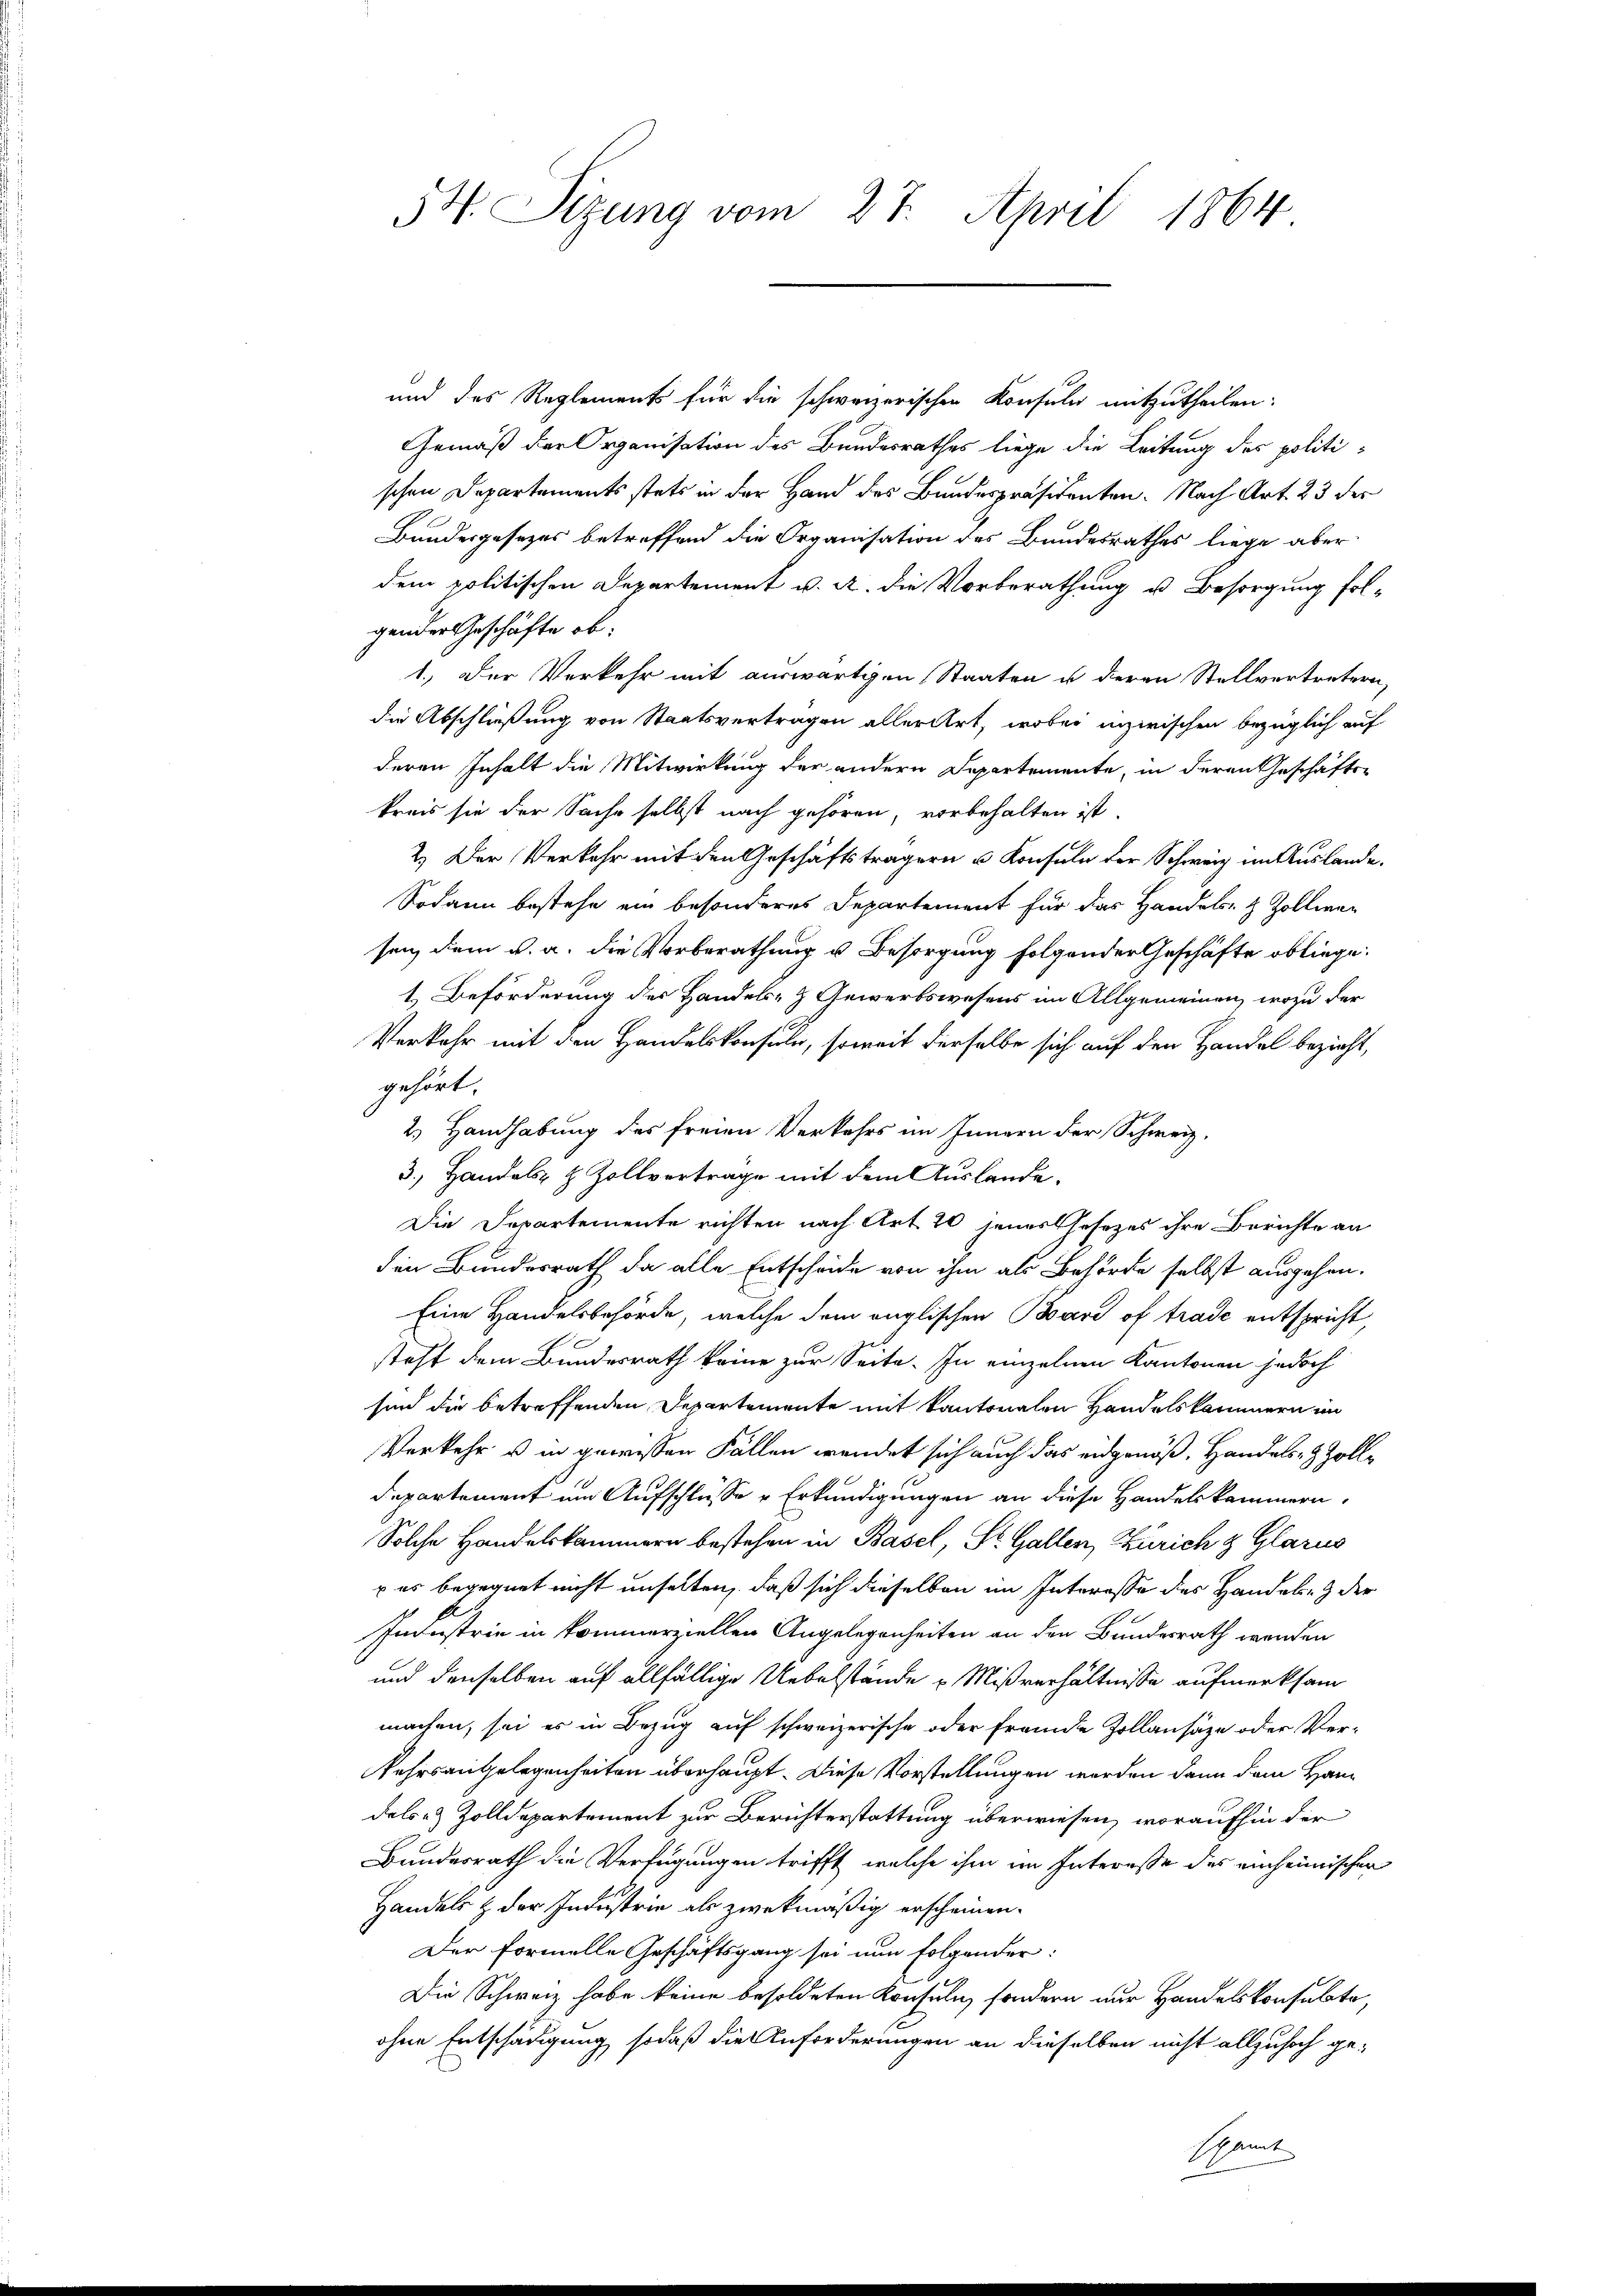
und des Reglements für die schweizerischen Konsula mitzutheilen:
Gemäß der Organisation des Bundesrathes liege die Leitung des politischen Departements stets in der Hand des Bundespräsidenten. Nach Art. 23 des
Bundesgesezes betreffend die Organisation des Bundesrathes liege aber
dem politischen Departement v. a. die Vorberathung u. Besorgung folgender Geschäfte ob.
1.) Der Verkehr mit auswärtigen Staaten u deren Stellvertretern,
die Abschließung von Staatsvertragen aller Art, wobei inzwischen bezüglich auf
deren Inhalt die Mitwirkung der andern Departemente, in deren Geschäftskreis sie der Sache selbst nach gehören, vorbehalten ist.
2.) Der Verkehr mit den Geschäftsträgern u Konsuln der Schweiz im Auslande.
Sodann bestehe ein besonderes Departement für das Handels- & Zollier
sen dem v. a. die Vorberathung u. Besorgung folgender Geschäfte obliege.
1.) Beförderung der Handels- & Gewerbswesens im Allgemeinen, wozu der
Verkehr mit den Handelskonsule, soweit derselbe sich auf den Handel bezieht,
gehört.
2. Handhabung des freien Verkehrs im Innern der Schweiz.
3.) Handels- & Zollvertrage mit dem Auslande¬
Die Departemente richten nach Art. 20 jenes Gesezes ihre Berichte an
den Bundesrath da alle Entscheide von ihm als Behörde selbst ausgehen.
Eine Handelsbehörde, welche dem englischen Baare of trade entspricht,
steht dem Bundesrath keine zur Seite. In einzelnen Kantonen jedoch
sin die betreffenden Departemente mit kantonalen Handelskammern im
Verkehr u in gewissen Fällen wendet sich auch das eidgenöß, Handels- & Zoll¬
Departement um Aufschlüsse Erkundigungen an diese Handelskammern,
Solche Handelskammern bestehen in Basel, St. Gallen, Zürich & Glarus
 es begegnet nicht unselten, daß sich dieselben im Interesse des Handel- & der
Industrie in kommerziellen Angelegenheiten an den Bundesrath werden
und denselben auf allfällige Uebelstände u Mißverhältnisse aufmerksam
machen, sei es in Bezug auf schweizerische oder fremde Zollansäze oder Verkehrsangelegenheiten überhaupt. Diese Vorstellungen werden dann dem Handels- & Zolldepartement zur Berichterstattung überwiesen, woraufhin der
Bundesrath die Verfügungen trifft, welche ihm im Interesse des einheimischen
Handels & der Industrie als zwekmäßig erscheinen.
Der Formelle Geschäftsgang sei nun folgender:
Die Schweiz habe keine besoldeten Konsuln, sondern nur Handelskonsulte,
ohne Entschädigung sodaß die Anforderungen an dieselben nicht allzuhoch ge-
samt

54. Sizung vom 27. April 1864